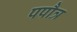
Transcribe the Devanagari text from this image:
पपौत्र